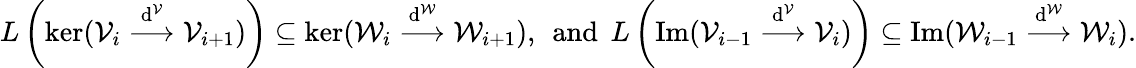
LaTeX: L\left(\ker(\mathcal{V}_{i}\stackrel{\mathrm{d}^{\mathcal{V}}}{\longrightarrow}\mathcal{V}_{i+1})\right)\subseteq\ker(\mathcal{W}_{i}\stackrel{\mathrm{d}^{\mathcal{W}}}{\longrightarrow}\mathcal{W}_{i+1}),\, \; \mathrm{and}\, \; L\left(\mathrm{Im}(\mathcal{V}_{i-1}\stackrel{\mathrm{d}^{\mathcal{V}}}{\longrightarrow}\mathcal{V}_{i})\right)\subseteq\mathrm{Im}(\mathcal{W}_{i-1}\stackrel{\mathrm{d}^{\mathcal{W}}}{\longrightarrow}\mathcal{W}_{i}).